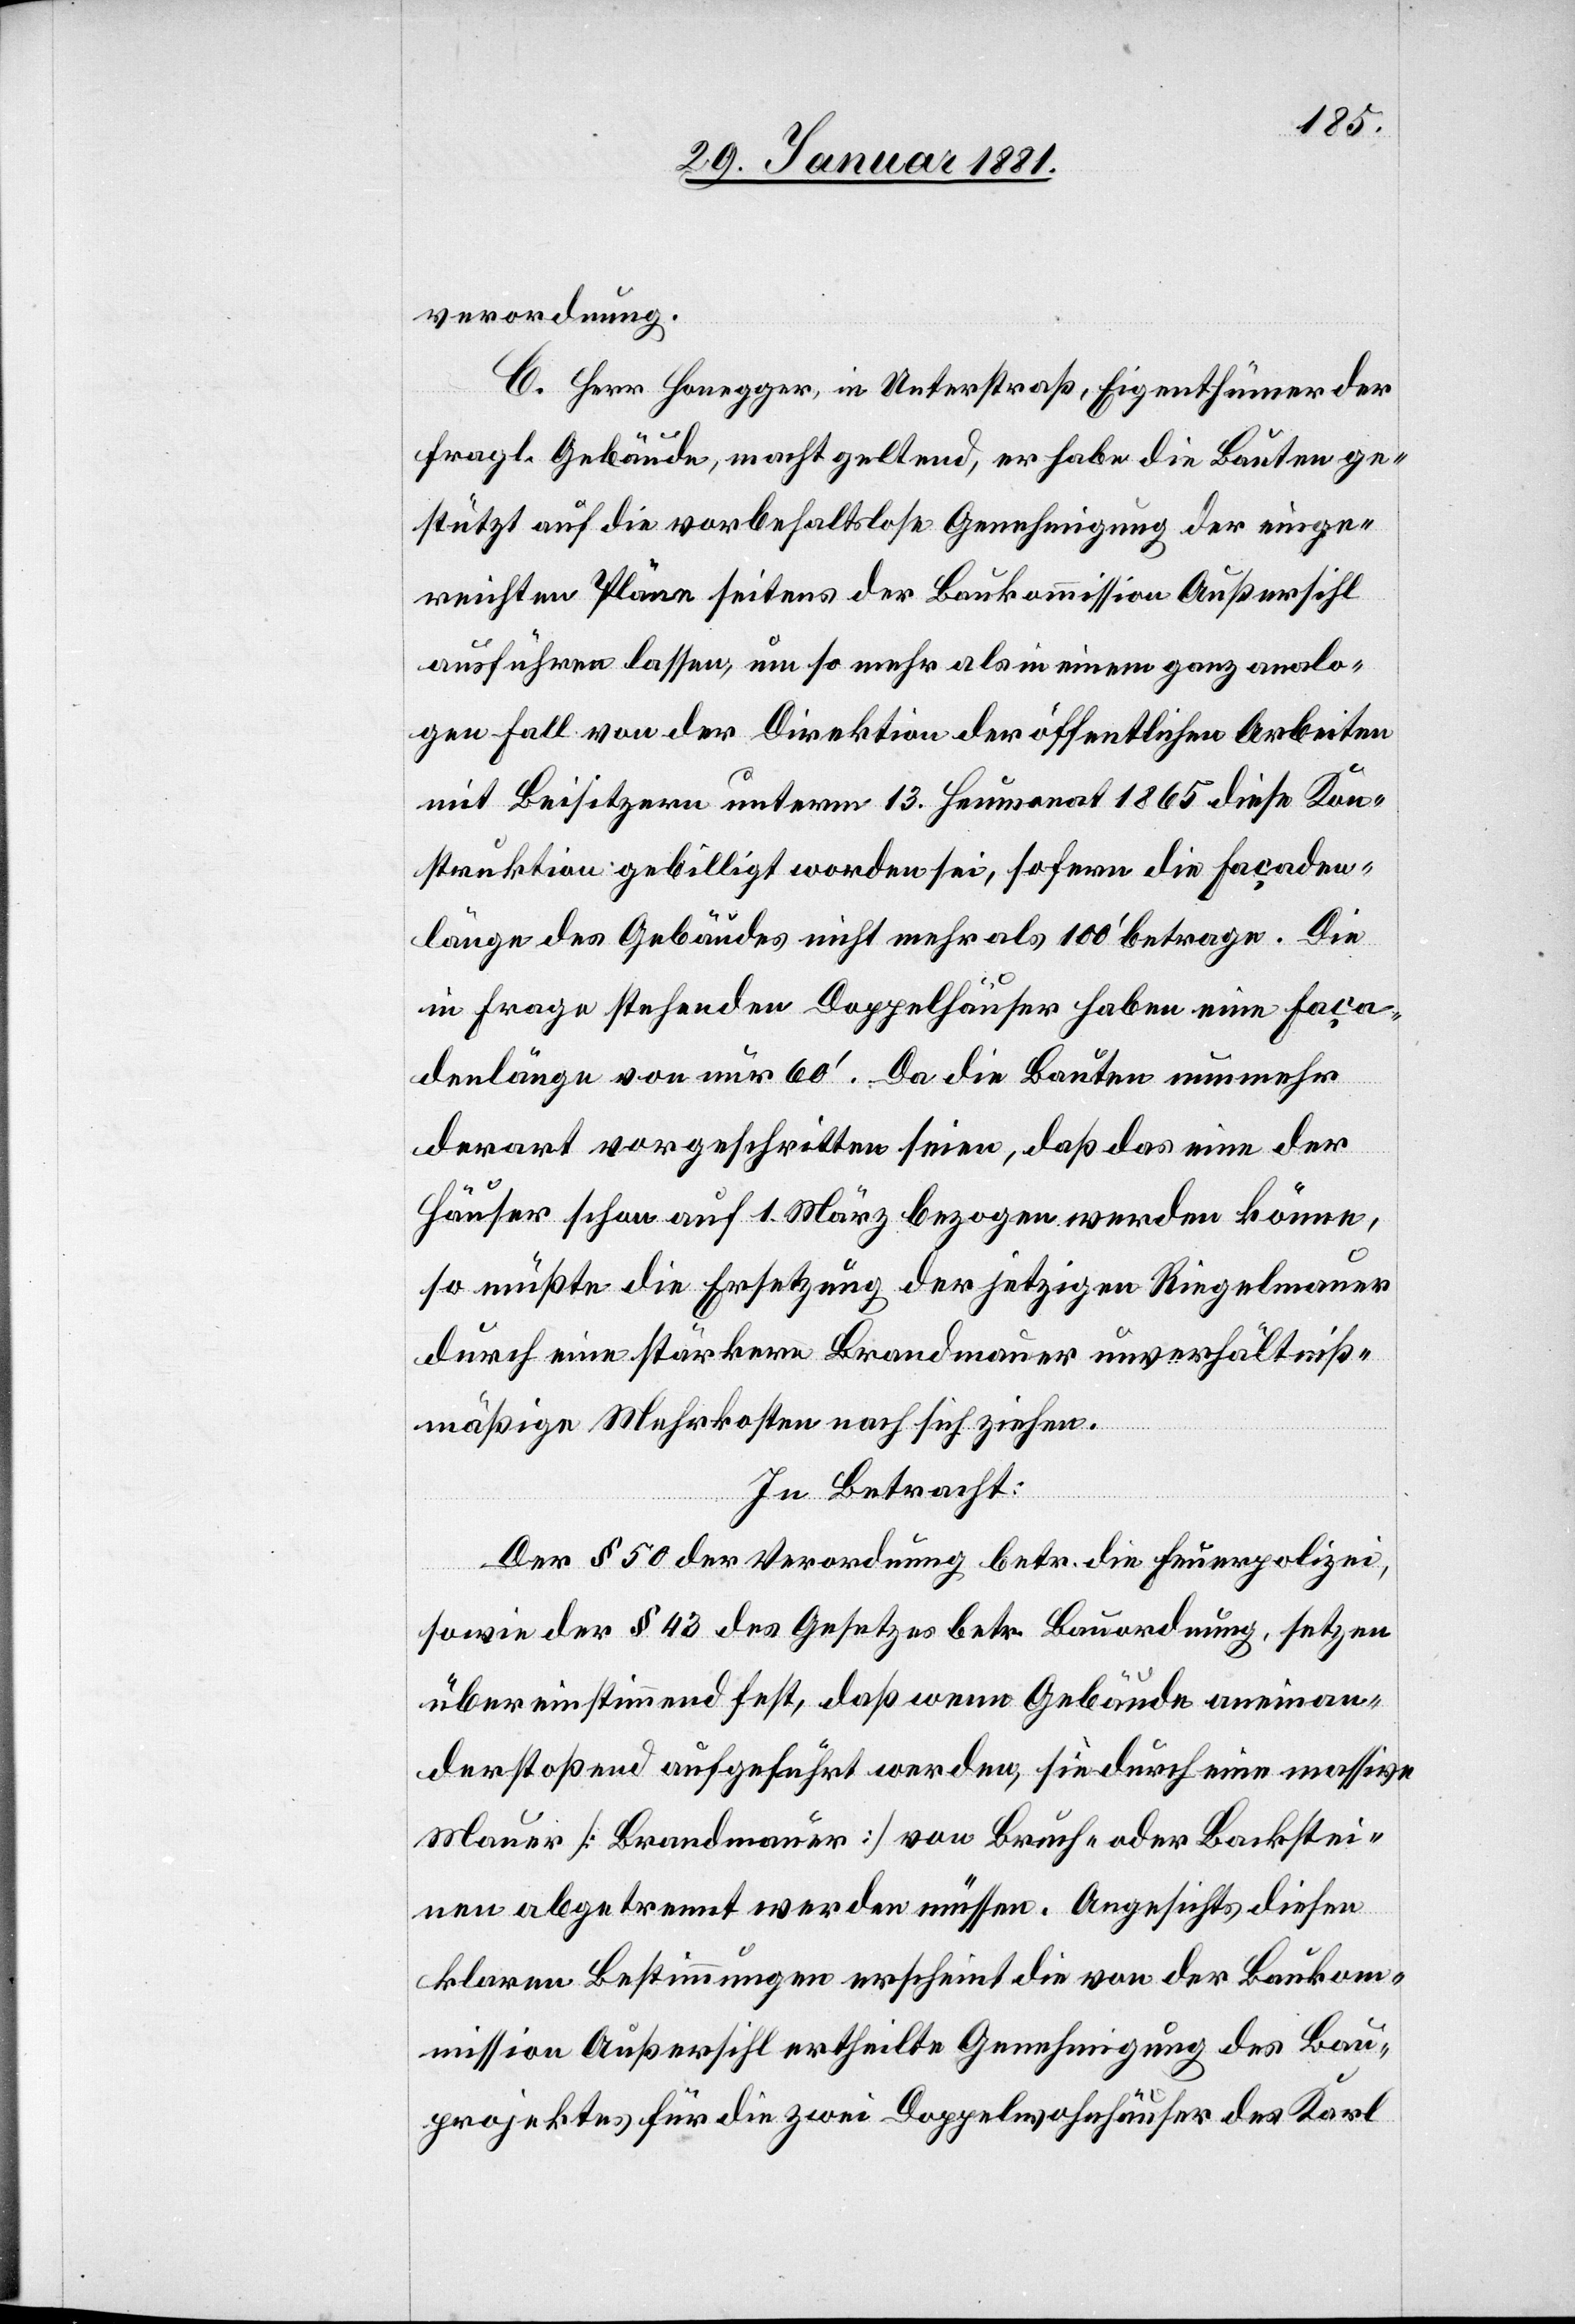
verordnung.
C. Herr Honegger, in Unterstraß, Eigenthümer der
fragl. Gebäude, macht geltend, er habe die Bauten ge¬
stützt auf die vorbehaltlose Genehmigung der einge¬
reichten Pläne seitens der Baukommission Außersihl
ausführen lassen, um so mehr als in einem ganz analo¬
gen Fall von der Direktion der öffentlichen Arbeiten
mit Beisitzern unterm 13. Heumonat 1865 diese Kon¬
struktion gebilligt worden sei, sofern die Façaden¬
länge des Gebäudes nicht mehr als 100‘ betrage. Die
in Frage stehenden Doppelhäuser haben eine Faça¬
denlänge von nur 60‘. Da die Bauten nunmehr
derart vorgeschritten seien, daß das eine der
Häuser schon auf 1. März bezogen werden könne,
so müßte die Ersetzung der jetzigen Ringelmauer
durch eine stärkere Brandmauer unverhältniß¬
mäßige Mehrkosten nach sich ziehen.
In Betracht:
Der § 50 der Verordnung betr. die Feuerpolizei,
sowie der § 43 des Gesetzes betr. Bauordnung, setzen
übereinstimmend fest, daß wenn Gebäude aneinan¬
derstoßend aufgeführt werden, sie durch eine massive
Mauer [Brandmauer] von Bruch- oder Backstei¬
nen abgetrennt werden müssen. Angesichts diesen
klaren Bestimmungen erscheint die von der Bauko¬
mmission Außersihl ertheilte Genehmigung des Bau¬
projektes für die zwei Doppelwohnhäuser des Karl